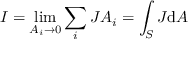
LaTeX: I = \operatorname* { l i m } _ { A _ { i } \rightarrow 0 } \sum _ { i } J A _ { i } = \int _ { S } J { \mathrm { d } A } \,